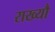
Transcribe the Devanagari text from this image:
राख्यौ